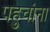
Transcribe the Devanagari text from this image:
पहुचांना